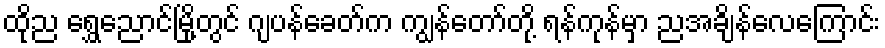
ထိုည ရွှေညောင်မြို့တွင် ဂျပန်ခေတ်က ကျွန်တော်တို့ ရန်ကုန်မှာ ညအချိန်လေကြောင်း